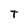
Character: T